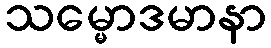
သမ္မောဒမာနာ